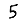
Digit: 5